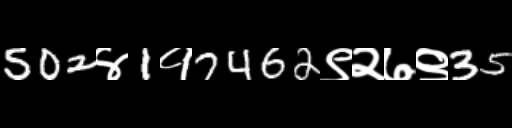
Text: 502४1१7462९२७९35